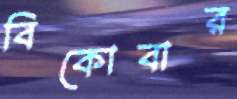
বিকোবার